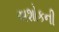
અશોકની